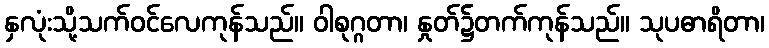
နှလုံးသို့သက်ဝင်လေကုန်သည်။ ဝါစုဂ္ဂတာ၊ နှုတ်၌တက်ကုန်သည်။ သုပဓာရိတာ၊